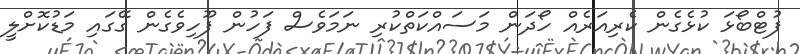
ފުޓްބޯޅަ ކުޅެގެން ކެރިއަރެއް ހޯދަން މަސައްކަތްކުރި ނަމަވެސް ފަހުން ފޫހިވެގެން ގޭގައި މަޑުކޮށްލީ